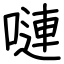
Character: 嗹